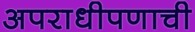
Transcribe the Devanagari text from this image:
अपराधीपणाची